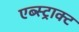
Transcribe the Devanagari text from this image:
एब्स्ट्राक्ट